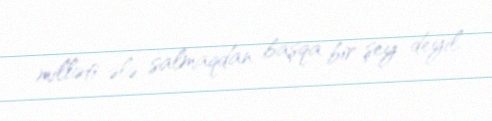
milləti ələ salmaqdan başqa bir şey deyil.